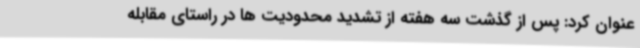
عنوان کرد: پس از گذشت سه هفته از تشدید محدودیت ها در راستای مقابله